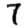
Digit: 7